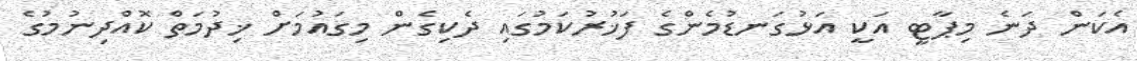
އެކަން ދަނެ މިޕާޓީ އަކީ އަޅުގަނޑުމެންގެ ފަޚުރުކަމުގައި ދެކިގެން މިގައުމަށް ޚިދުމަތް ކޮއްދިނުމުގެ